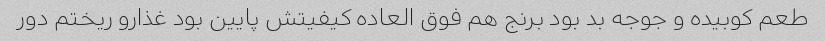
طعم کوبیده و جوجه بد بود برنج هم فوق العاده کیفیتش پایین بود غذارو ریختم دور